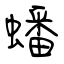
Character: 蟠